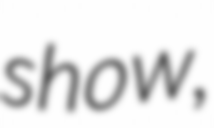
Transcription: show,